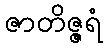
ဇာတိဇ္ဇရံ